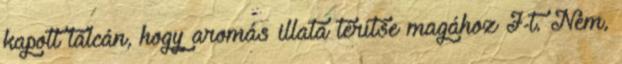
kapott tálcán, hogy aromás illata térítse magához J-t. Nem,